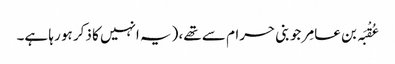
عُقْبَہ بن عامِر جو بنی حرام سے تھے، (یہ انہیں کا ذکر ہو رہا ہے۔